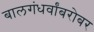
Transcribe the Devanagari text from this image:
बालगंधर्वांबरोबर